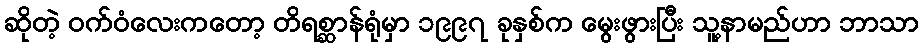
ဆိုတဲ့ ဝက်ဝံလေးကတော့ တိရစ္ဆာန်ရုံမှာ ၁၉၉၇ ခုနှစ်က မွေးဖွားပြီး သူ့နာမည်ဟာ ဘာသာ